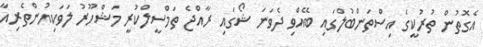
އެގޮތުން ތުރުކީގެ އިސްތަންބުލްގައި ބޭއްވި ދެވަނަ ޝޯގައި ރާއްޖެ ތަމްސީލްކުރީ މަޝްހޫރު ލަވަކިޔުންތެރިއާ